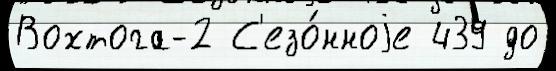
Вохтога-2 С'езо́нноjе 439 до